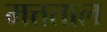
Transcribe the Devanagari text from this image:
मत्तताल